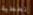
تغطية